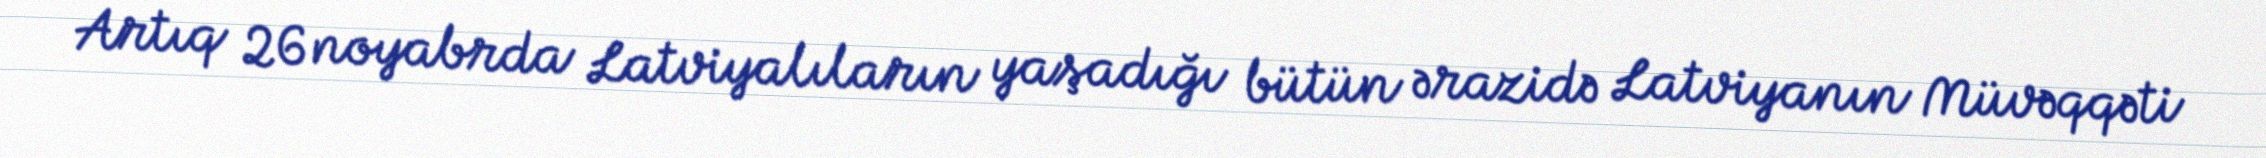
Artıq 26 noyabrda Latviyalıların yaşadığı bütün ərazidə Latviyanın Müvəqqəti